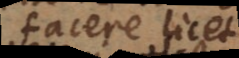
facere licet